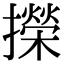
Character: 㩞